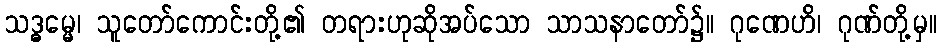
သဒ္ဓမ္မေ၊ သူတော်ကောင်းတို့၏ တရားဟုဆိုအပ်သော သာသနာတော်၌။ ဂုဏေဟိ၊ ဂုဏ်တို့မှ။